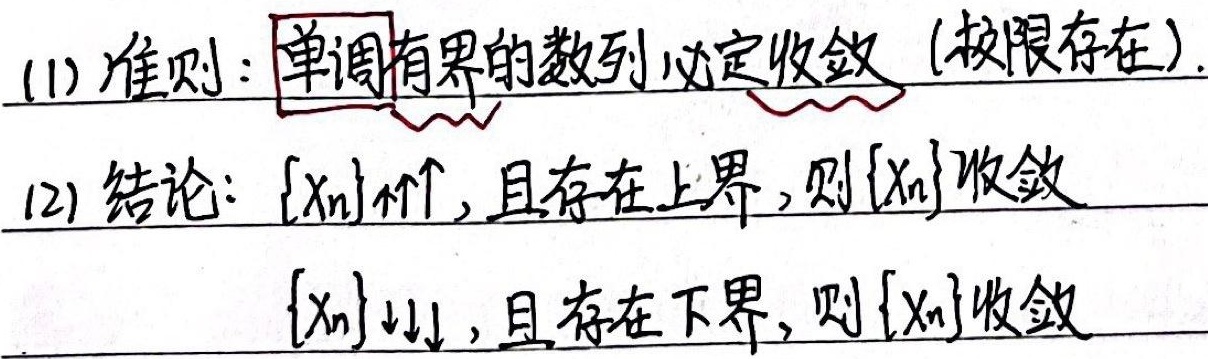
(1) 准则：单调有界的数列必定收敛（极限存在）。
(2) 结论：$\{x_n\}\uparrow\uparrow$，且存在上界，则$\{x_n\}$收敛；$\{x_n\}\downarrow\downarrow$，且存在下界，则$\{x_n\}$收敛